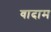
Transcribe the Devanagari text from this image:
वादाम